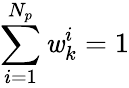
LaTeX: \sum_{i=1}^{N_{p}}\mathit{w}_{k}^{i}=1